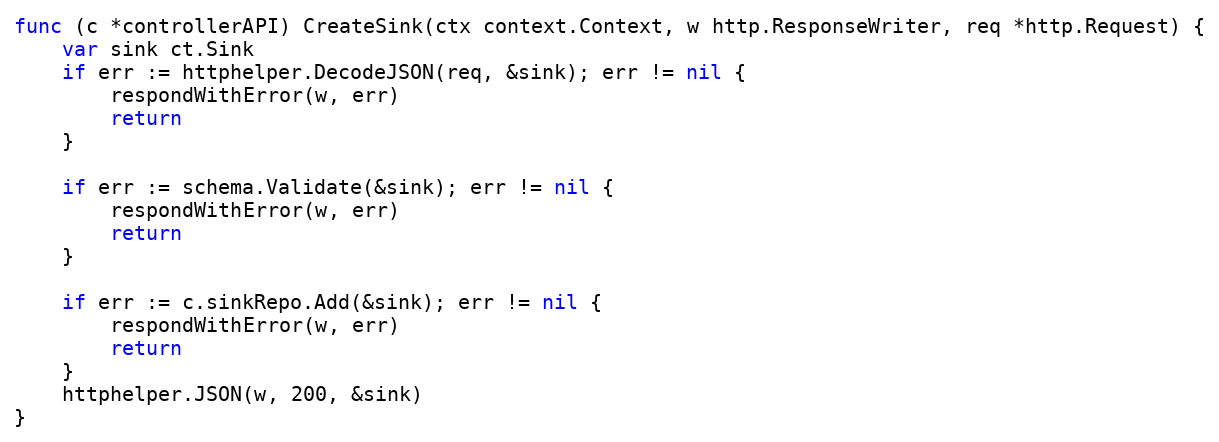
Language: Go
func (c *controllerAPI) CreateSink(ctx context.Context, w http.ResponseWriter, req *http.Request) {
	var sink ct.Sink
	if err := httphelper.DecodeJSON(req, &sink); err != nil {
		respondWithError(w, err)
		return
	}

	if err := schema.Validate(&sink); err != nil {
		respondWithError(w, err)
		return
	}

	if err := c.sinkRepo.Add(&sink); err != nil {
		respondWithError(w, err)
		return
	}
	httphelper.JSON(w, 200, &sink)
}